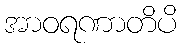
အာဝရဏာတိပိ